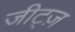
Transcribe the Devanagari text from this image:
जीट्ज़